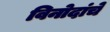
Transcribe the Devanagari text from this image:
विनोदांचे